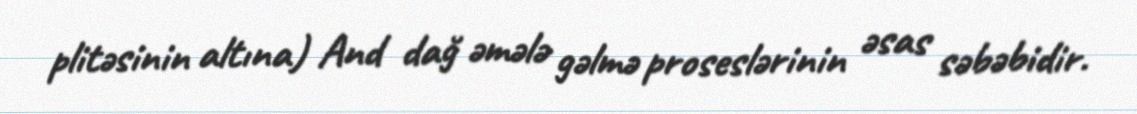
plitəsinin altına) And dağ əmələ gəlmə proseslərinin əsas səbəbidir.